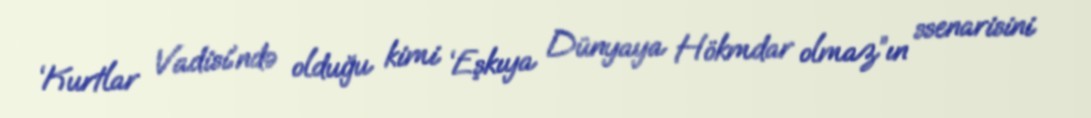
‘Kurtlar Vadisi’ndə olduğu kimi ‘Eşkıya Dünyaya Hökmdar olmaz”ın ssenarisini